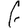
Digit: 6